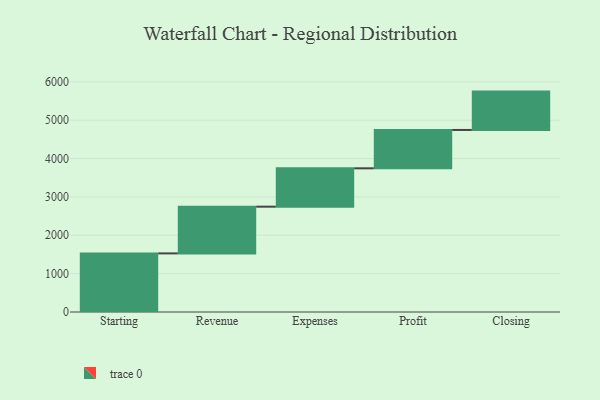
{"axis": {"x": "Step", "y": "Value"}, "legend": [""], "data": [{"x": "Starting", "y": 1528.0, "type": ""}, {"x": "Revenue", "y": 1218.0, "type": ""}, {"x": "Expenses", "y": 1000, "type": ""}, {"x": "Profit", "y": 1000, "type": ""}, {"x": "Closing", "y": 1000, "type": ""}]}